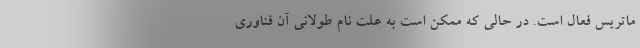
ماتریس فعال است. در حالی که ممکن است به علت نام طولانی آن فناوری